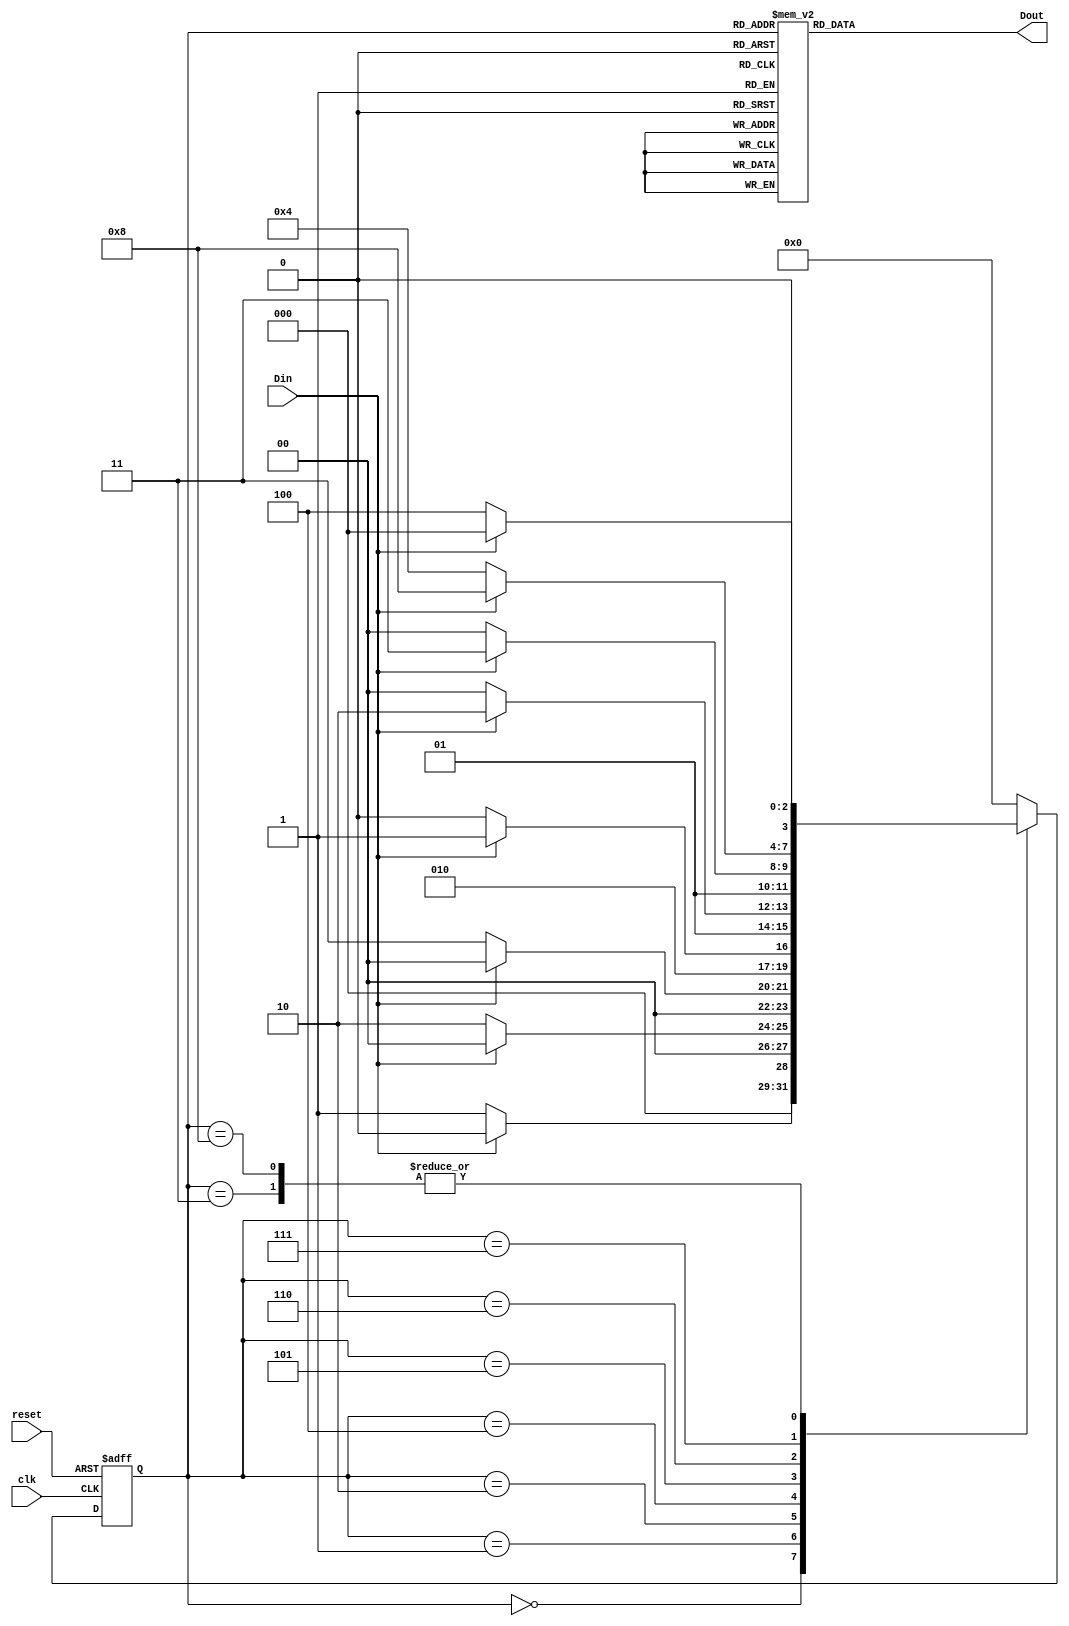
`timescale 1ns / 1ps

module de_jump(Din,Dout,clk,reset);
input Din,clk,reset;
output Dout;

reg Dout;
reg [3:0] as,cs;

always @(*)begin
	case(cs)
	4'd0:
		as<=(Din)? 4'd0:4'd1;
	4'd1:
		as<=(Din)? 4'd0:4'd2;
	4'd2:
		as<=(Din)? 4'd0:4'd3;
	4'd3:
		as<=(Din)? 4'd0:4'd4;
	4'd4: //A0-4UA4-8}
		as<=(Din)? 4'd5:4'd4;
	4'd5:
		as<=(Din)? 4'd6:4'd4;
	4'd6:
		as<=(Din)? 4'd7:4'd4;
	4'd7:
		as<=(Din)? 4'd8:4'd4;
	4'd8:
		as<=(Din)? 4'd0:4'd4;
	default:
		as<=4'd0;
	endcase
end

always@(posedge clk or negedge reset)
	if(!reset)
		cs <= 4'd0;
	else
		cs <=as;
	
always@(*)begin
	case(cs)
	4'd0:
		Dout<=1'b0;
	4'd1:
		Dout<=1'b0;
	4'd2:
		Dout<=1'b0;
	4'd3:
		Dout<=1'b0;
	4'd4: //
		Dout<=1'b1;
	4'd5:
		Dout<=1'b1;
	4'd6:
		Dout<=1'b1;
	4'd7:
		Dout<=1'b1;
	4'd8:
		Dout<=1'b1;
	default:
		Dout<=1'b0;
	endcase
end

endmodule